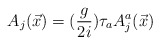
\begin{align*}A_j(\vec{x})=(\frac{g}{2i})\tau_aA_j^a(\vec{x})\end{align*}